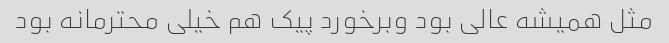
مثل همیشه عالی بود و‌برخورد پیک‌ هم خیلی محترمانه بود